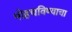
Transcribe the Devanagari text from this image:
पोहचविण्याचा